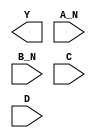
module sky130_fd_sc_hdll__nand4bb (
    Y  ,
    A_N,
    B_N,
    C  ,
    D
);

    output Y  ;
    input  A_N;
    input  B_N;
    input  C  ;
    input  D  ;

    // Voltage supply signals
    supply1 VPWR;
    supply0 VGND;
    supply1 VPB ;
    supply0 VNB ;

endmodule